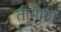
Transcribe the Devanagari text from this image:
तीगोवा